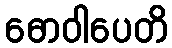
ဓောဝါပေတိ